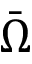
\bar { \Omega }